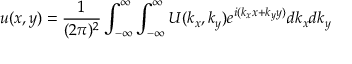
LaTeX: u ( x , y ) = { \frac { 1 } { ( 2 \pi ) ^ { 2 } } } \int _ { - \infty } ^ { \infty } \int _ { - \infty } ^ { \infty } U ( k _ { x } , k _ { y } ) e ^ { i ( k _ { x } x + k _ { y } y ) } d k _ { x } d k _ { y }